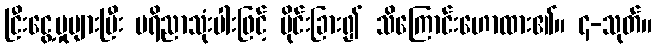
ငြီးငွေ့မှုများပြီး ပရိညာသုံးပါးဖြင့် ပိုင်းခြား၍ သိကြောင်းဟောထား၏။ ၄-သုတ်။